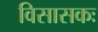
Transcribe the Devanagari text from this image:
विसासकः